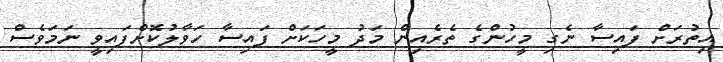
އިތުރަށް ފައިސާ ނެގި މީހުންގެ ތެެރެއިން މަދު މީހަކަށް ފައިސާ ހަވާލުކޮށްފައިވީ ނަމަވެސް